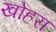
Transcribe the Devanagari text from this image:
खोहरा